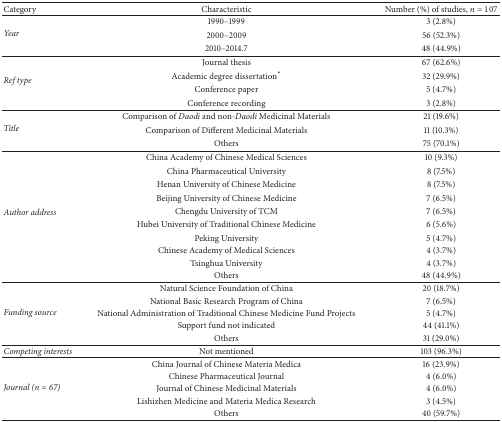
| Category | Characteristic | Number (%) of studies, n = 107 |
 | --- | --- | --- |
 | <ROWSPAN=3> Year | 1990–1999 | 3 (2.8%) |
 | 2000–2009 | 56 (52.3%) |
 | 2010–2014.7 | 48 (44.9%) |
 | <ROWSPAN=4> Ref type | Journal thesis | 67 (62.6%) |
 | Academic degree dissertation∗ | 32 (29.9%) |
 | Conference paper | 5 (4.7%) |
 | Conference recording | 3 (2.8%) |
 | <ROWSPAN=3> Title | Comparison of Daodi and non-Daodi Medicinal Materials | 21 (19.6%) |
 | Comparison of Different Medicinal Materials | 11 (10.3%) |
 | Others | 75 (70.1%) |
 | <ROWSPAN=10> Author address | China Academy of Chinese Medical Sciences | 10 (9.3%) |
 | China Pharmaceutical University | 8 (7.5%) |
 | Henan University of Chinese Medicine | 8 (7.5%) |
 | Beijing University of Chinese Medicine | 7 (6.5%) |
 | Chengdu University of TCM | 7 (6.5%) |
 | Hubei University of Traditional Chinese Medicine | 6 (5.6%) |
 | Peking University | 5 (4.7%) |
 | Chinese Academy of Medical Sciences | 4 (3.7%) |
 | Tsinghua University | 4 (3.7%) |
 | Others | 48 (44.9%) |
 | <ROWSPAN=5> Funding source | Natural Science Foundation of China | 20 (18.7%) |
 | National Basic Research Program of China | 7 (6.5%) |
 | National Administration of Traditional Chinese Medicine Fund Projects | 5 (4.7%) |
 | Support fund not indicated | 44 (41.1%) |
 | Others | 31 (29.0%) |
 | Competing interests | Not mentioned | 103 (96.3%) |
 | <ROWSPAN=5> Journal (n = 67) | China Journal of Chinese Materia Medica | 16 (23.9%) |
 | Chinese Pharmaceutical Journal | 4 (6.0%) |
 | Journal of Chinese Medicinal Materials | 4 (6.0%) |
 | Lishizhen Medicine and Materia Medica Research | 3 (4.5%) |
 | Others | 40 (59.7%) |